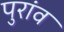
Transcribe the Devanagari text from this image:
पुरांव